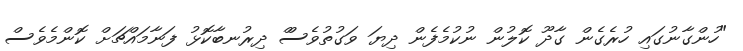
"ހުންގާނުގައި ހުރެގެން ގާދޫ ކޮލުން ނުކުމެފެން ދިޔަ ވަގުތުވެސްް ދިރުނބާކޮޅު ފަނާމައްޗަށް ކޮންމެވެސް